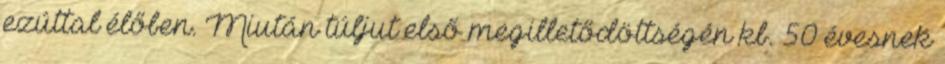
ezúttal élőben. Miután túljut első megilletődöttségén kb. 50 évesnek